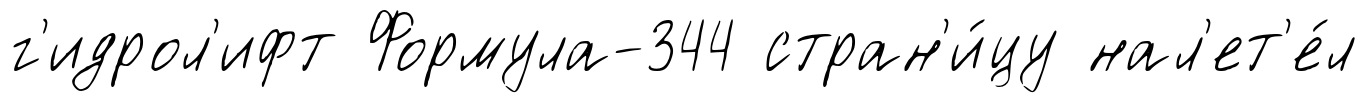
г'идрол'ифт Формула-344 стран'и́цу нал'ет'е́л